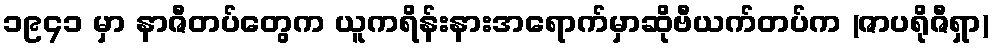
၁၉၄၁ မှာ နာဇီတပ်တွေက ယူကရိန်းနားအရောက်မှာဆိုဗီယက်တပ်က (ဇာပရိုဇီရှာ)